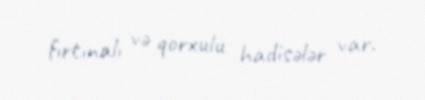
fırtınalı və qorxulu hadisələr var.